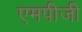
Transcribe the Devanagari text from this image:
एमपीजी